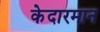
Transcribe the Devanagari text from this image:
केदारमान